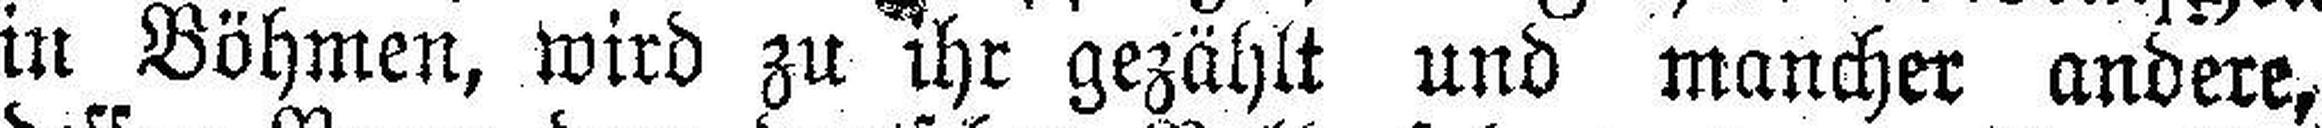
in Böhmen, wird zu ihr gezählt und mancher andere,